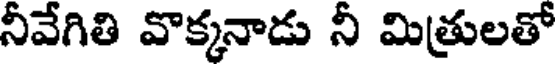
నీవేగితి వొక్కనాడు నీ మిత్రులతో